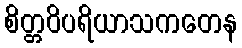
စိတ္တဝိပရိယာသကတေန